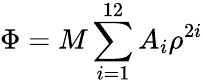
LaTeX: \Phi=M\sum_{i=1}^{12}A_{i}\rho^{2i}